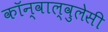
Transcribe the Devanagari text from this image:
कॉन्वाल्वुलेसी